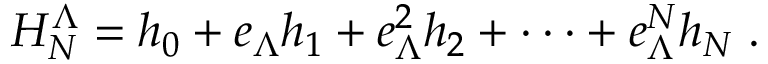
H _ { N } ^ { \Lambda } = h _ { 0 } + e _ { \Lambda } h _ { 1 } + e _ { \Lambda } ^ { 2 } h _ { 2 } + \cdot \cdot \cdot + e _ { \Lambda } ^ { N } h _ { N } \; .